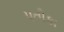
પતીકા